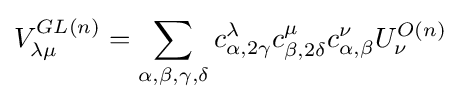
V_{\lambda \mu }^{GL(n)}=\sum _{\alpha ,\beta ,\gamma ,\delta }c_{\alpha ,2\gamma }^{\lambda }c_{\beta ,2\delta }^{\mu }c_{\alpha ,\beta }^{\nu }U_{\nu }^{O(n)}